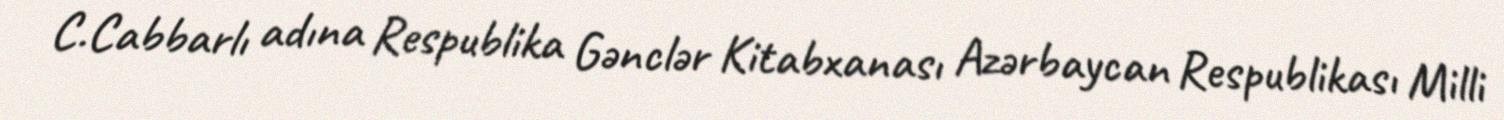
C.Cabbarlı adına Respublika Gənclər Kitabxanası Azərbaycan Respublikası Milli